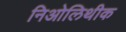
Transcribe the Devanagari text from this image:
निओलिथीक